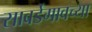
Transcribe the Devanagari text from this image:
सावर्डेगावच्या